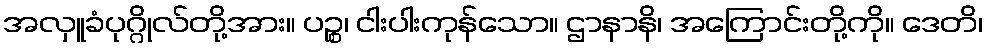
အလှူခံပုဂ္ဂိုလ်တို့အား။ ပဉ္စ၊ ငါးပါးကုန်သော။ ဌာနာနိ၊ အကြောင်းတို့ကို။ ဒေတိ၊